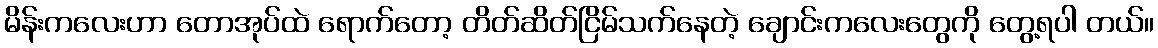
မိန်းကလေးဟာ တောအုပ်ထဲ ရောက်တော့ တိတ်ဆိတ်ငြိမ်သက်နေတဲ့ ချောင်းကလေးတွေကို တွေ့ရပါ တယ်။